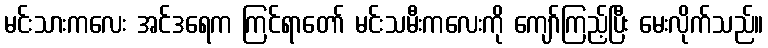
မင်းသားကလေး အင်ဒရေက ကြင်ရာတော် မင်းသမီးကလေးကို ကျော်ကြည့်ပြီး မေးလိုက်သည်။